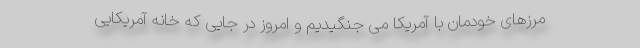
مرزهای خودمان با آمریکا می جنگیدیم و امروز در جایی که خانه آمریکایی